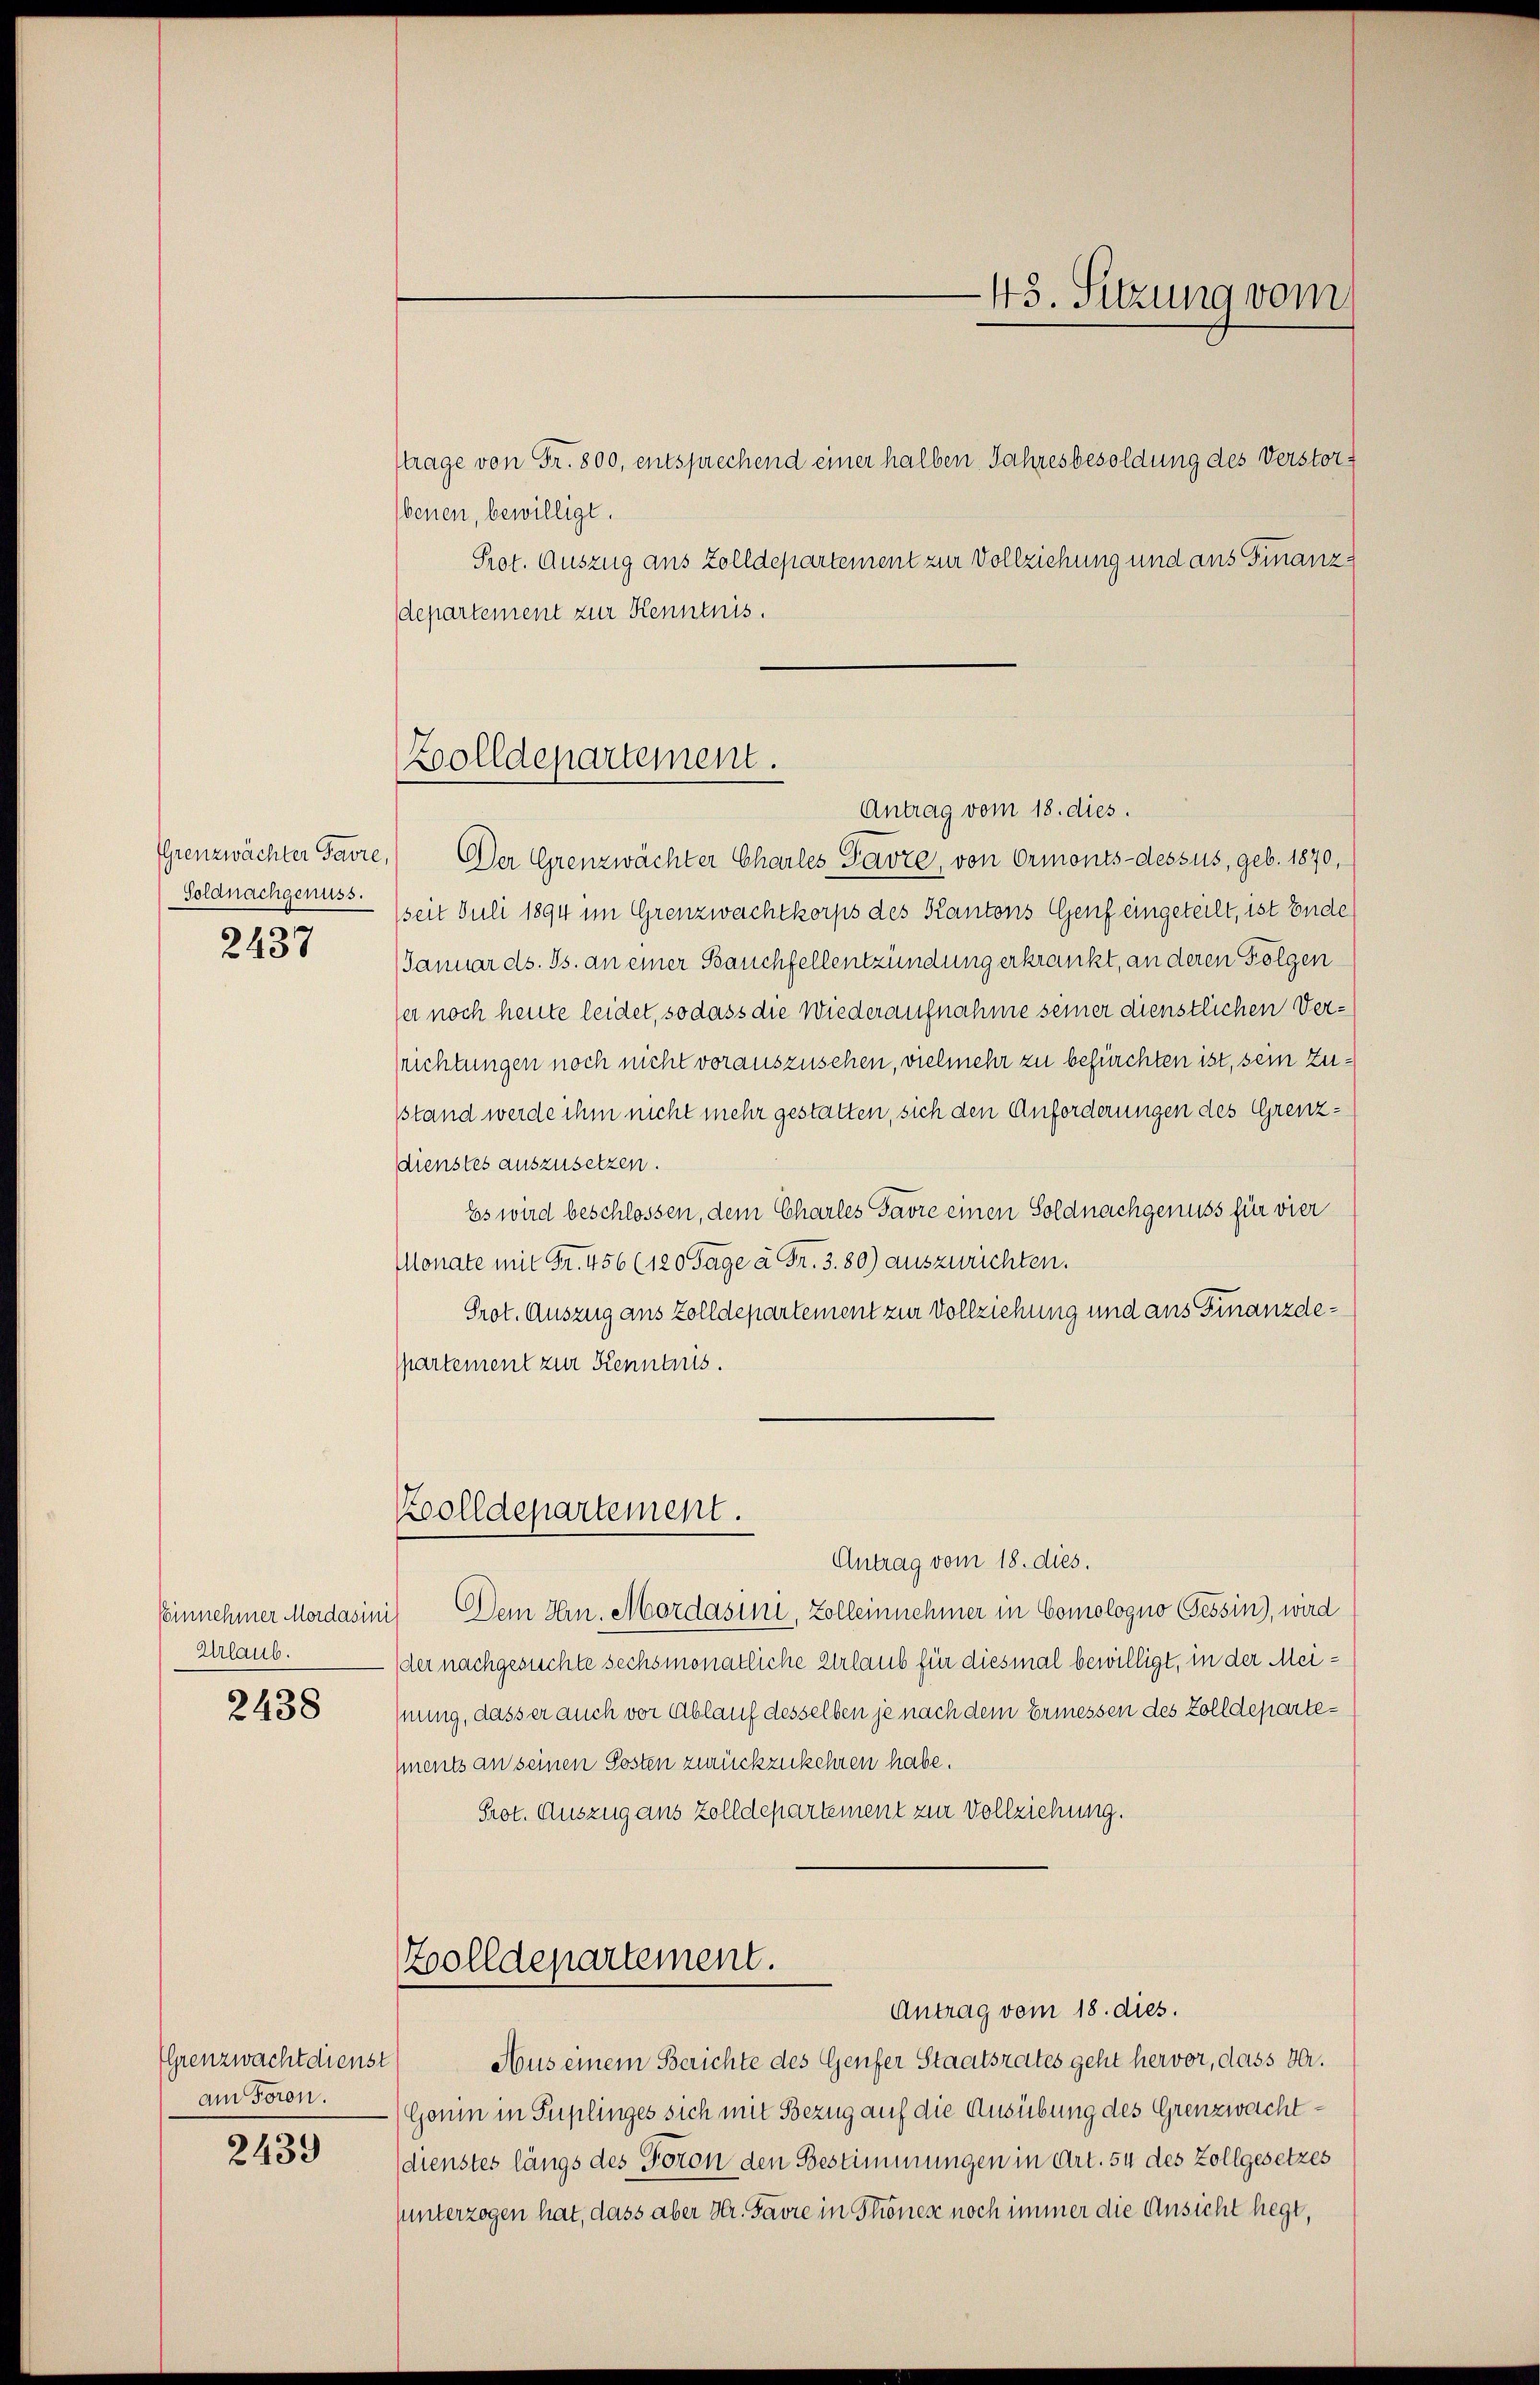
Soldnachgenuss.
2437

Einnehmer Mordasini
Urlaub.
2438

Grenzwachtdienst
am Foron.

2439

trage von Fr. 800, entsprechend einer halben Jahresbesoldung des Verstorbenen, bewilligt.
Prot. Auszug aus Zolldepartement zur Vollziehung und aus Finanz
departement zur Kenntnis.

Zolldepartement.

Grenzwächter Favre, Der Grenzwächter Charles Favre, von Ormonts-dessus, geb. 1870,
seit Juli 1894 im Grenzwachtkorps des Kantons Genf eingeteilt, ist Ende
Januar ds. Js. an einer Bauchfellentzündung erkrankt, an deren Folgen
ser noch heute leidet, so dass die Wiederaufnahme seiner dienstlichen Versrichtungen noch nicht vorauszusehen, vielmehr zu befürchten ist, sein Zusstand werde ihm nicht mehr gestatten, sich den Anforderungen des Grenzdienstes auszusetzen.
Es wird beschlossen, dem Charles Favre einen Soldnachgenuss für vier
Monate mit Fr. 456 (120 Tage à Fr. 3.80) auszurichten.
Prot. Auszug aus Zolldepartement zur Vollziehung und aus Finanzdespartement zur Kenntnis.

Koolldepartement.

45. Sitzung vom

Antrag vom 18. dies.

Antrag vom 18. dies.
Dem Hrn. Mordasini, Zolleinnehmer in Comologno Tessin, wird
(der nachgesuchte sechsmonatliche Urlaub für diesmal bewilligt, in der Meinung, dass er auch vor Ablauf desselben je nach dem Ermessen des Zolldepartements an seinen Posten zurückzukehren habe.
Prot. Auszug aus Zolldepartement zur Vollziehung.

Zolldepartement.
Antrag vom 18. dies.

Aus einem Berichte des Genfer Staatsrates geht hervor, dass da.
Gonin in Puplinges sich mit Bezug auf die Ausübung des Grenzwachtdienstes längs des Foron den Bestimmungen in Art. 54 des Zollgesetzes
sunterzogen hat, dass aber Hr. Favre in Stonese noch immer die Ansicht hegt,